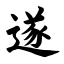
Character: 遂